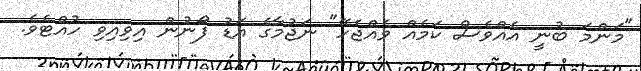
"މަންމަ ބުނީ އެއްވެސް ކަމެއް ވެއްޖެހޭ" ނަޖުމާގެ އަޑު ފޯނުން އިވިއިވި ހުއްޓެވެ.